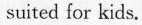
suited for kids.